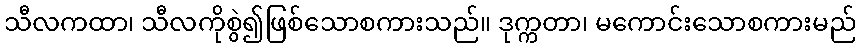
သီလကထာ၊ သီလကိုစွဲ၍ဖြစ်သောစကားသည်။ ဒုက္ကတာ၊ မကောင်းသောစကားမည်